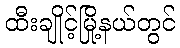
ထီးချိုင့်မြို့နယ်တွင်